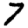
Digit: 7